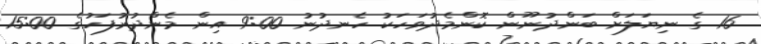
16 ގެ ނިޔަލަށް ބަންދުނޫން ކޮންމެދުވަހަކު ހެނދުނު 9:00 އިން މެންދުރުފަހުގެ 15:00